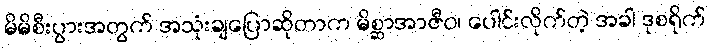
မိမိစီးပွားအတွက် အသုံးချပြောဆိုတာက မိစ္ဆာအာဇီဝ၊ ပေါင်းလိုက်တဲ့ အခါ ဒုစရိုက်